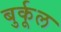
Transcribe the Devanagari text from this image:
बुर्कूल